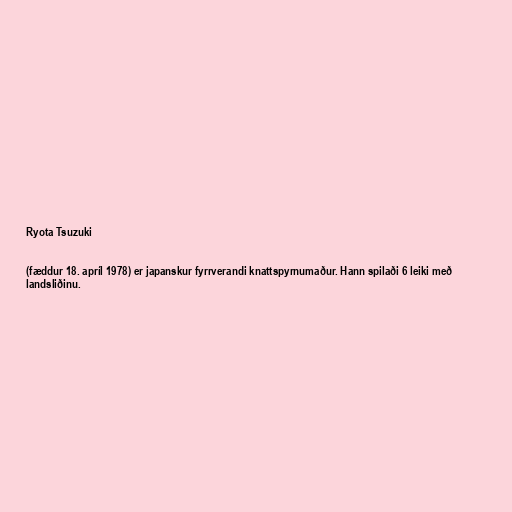
Ryota Tsuzuki

(fæddur 18. apríl 1978) er japanskur fyrrverandi knattspyrnumaður. Hann spilaði 6 leiki með
landsliðinu.